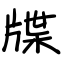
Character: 牒